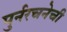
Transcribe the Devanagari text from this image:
पुर्नरचनेची